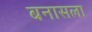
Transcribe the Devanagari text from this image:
बनासला